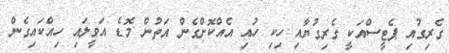
ގެރިގުއި ޕެޓީސްއަކީ ގެރިގުޔާއި ހިކި ހުއި އެއްކޮށްގެން އަތުން މޮޑެ އަވީލައި ހިއްކައިގެން